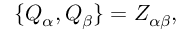
\{ Q _ { \alpha } , Q _ { \beta } \} = Z _ { \alpha \beta } ,